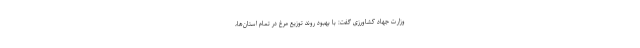
وزارت جهاد کشاورزی گفت: با بهبود روند توزیع مرغ در تمام استان‌ها،